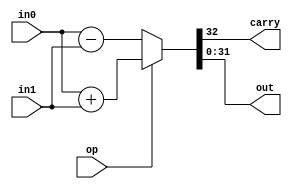
`timescale 1ns/10ps

module adder #(
    parameter BITS_LENGTH = 32
) (
    input [BITS_LENGTH-1:0] in0,
    input [BITS_LENGTH-1:0] in1,
    input op,
    output carry,
    output [BITS_LENGTH-1:0] out
);

reg [BITS_LENGTH :0 ] res;

always @(*) begin
    if(op)
        res = in0 + in1;
    else 
        res = in0 - in1;
end

assign out = res[BITS_LENGTH-1:0];
assign carry = res[BITS_LENGTH];
    
endmodule